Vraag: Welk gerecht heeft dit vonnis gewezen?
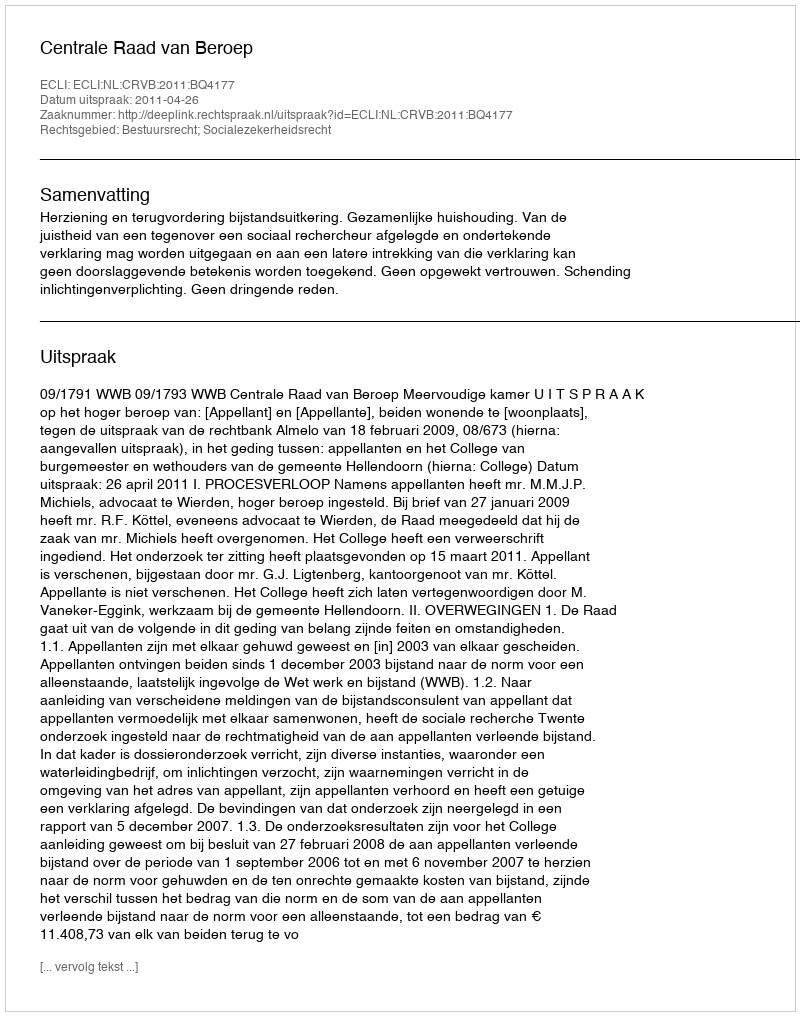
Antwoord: Centrale Raad van Beroep